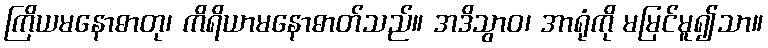
ကြိယမနောဓာတု၊ ကိရိယာမနောဓာတ်သည်။ အဒိသွာဝ၊ အာရုံကို မမြင်မူ၍သာ။